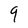
Character: q